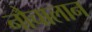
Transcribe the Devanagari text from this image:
नौचालान